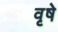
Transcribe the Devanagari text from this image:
वृषे